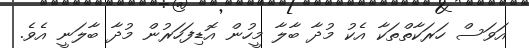
އަވަސް ހަރަކާތްތަކާ އެކު މުދާ ބާލާ މީހުން އޮޑިފަހަރުން މުދާ ބާލަނީ އެވެ.